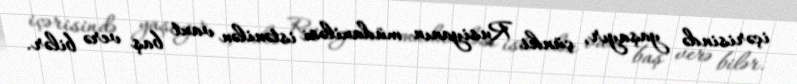
içərisində yaşayır, çünki Rusiyanın müdaxiləsi istənilən vaxt baş verə bilər.